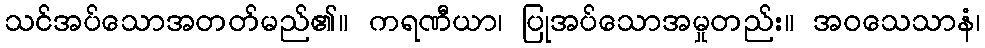
သင်အပ်သောအတတ်မည်၏။ ကရဏီယာ၊ ပြုအပ်သောအမှုတည်း။ အဝသေသာနံ၊